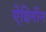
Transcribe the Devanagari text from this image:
ऐडिनीन